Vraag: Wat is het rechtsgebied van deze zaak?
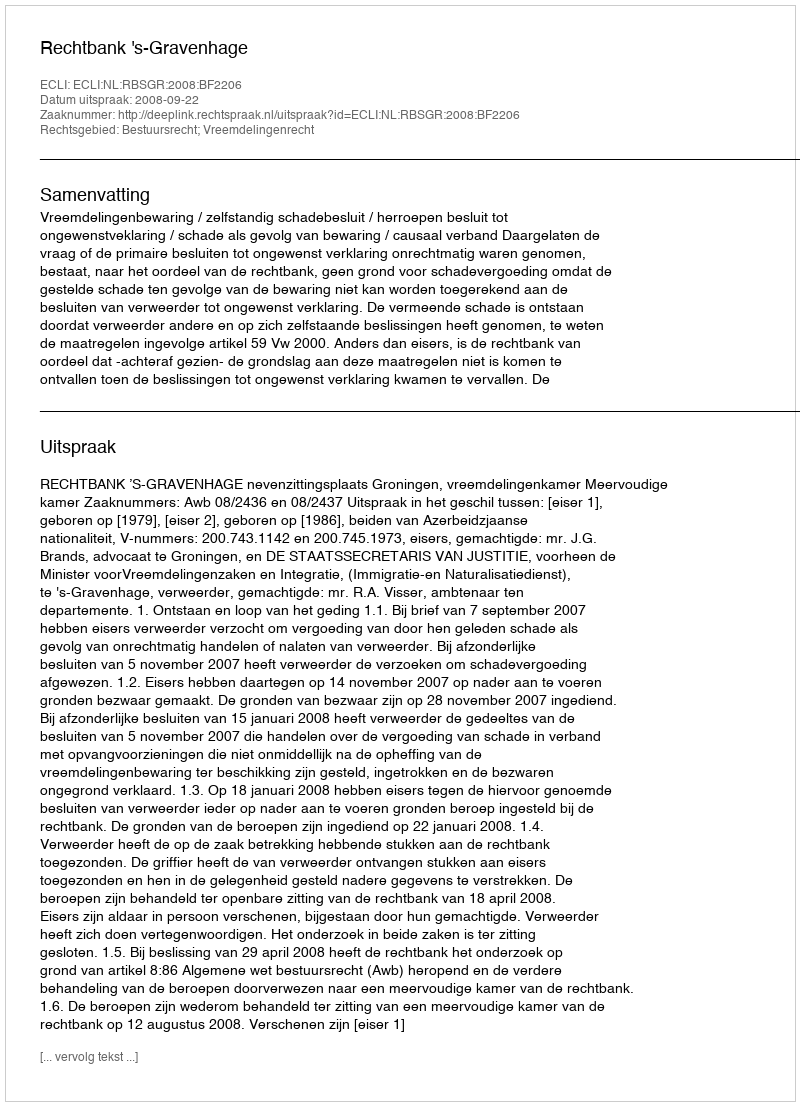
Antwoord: Bestuursrecht; Vreemdelingenrecht